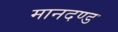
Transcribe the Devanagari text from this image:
मानदण्‍ड